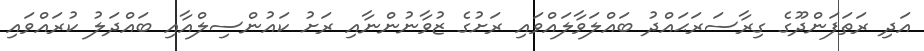
އަދި ރަތަފަންދޫގެ ގިރާސަރަޙައްދު ބައްލަވާލައްވައި ރަށުގެ ޒުވާނުންނާއި ރަށު ކައުންސިލްއާއި ބައްދަލު ކުރައްވައި